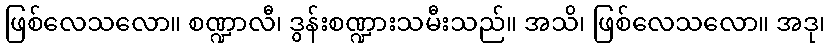
ဖြစ်လေသလော။ စဏ္ဍာလီ၊ ဒွန်းစဏ္ဍားသမီးသည်။ အသိ၊ ဖြစ်လေသလော။ အဒု၊